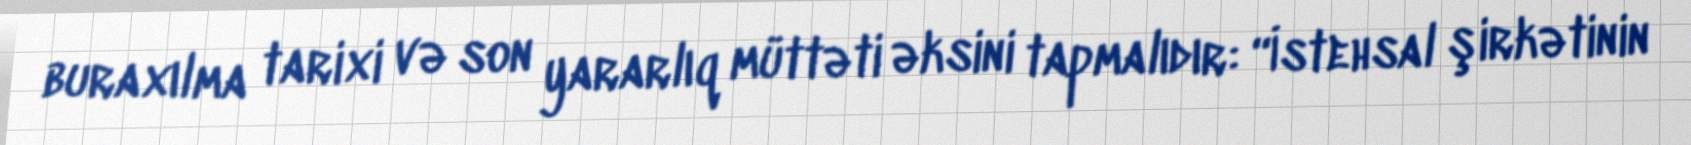
buraxılma tarixi və son yararlıq müttəti əksini tapmalıdır: “İstehsal şirkətinin